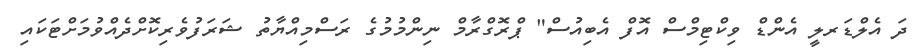
ދަ އެލްޑަރލީ އެންޑް ވިކްޓިމްސް އޮފް އެބިއުސް" ޕްރޮގްރާމް ނިންމުމުގެ ރަސްމިއްޔާތު ޝަރަފުވެރިކޮށްދެއްވުމަށްޓަކައި